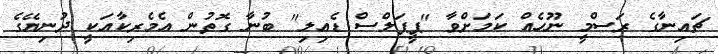
ޗައިނާގެ ރަސްމީ ނޫހެއް ކަމަށްވާ "ޕީޕަލްސް ޑެއިލި" ބުނާ ގޮތުން އެމެރިކާއަކީ ދުނިޔޭގެ